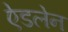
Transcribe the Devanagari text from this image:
ऐडलेन